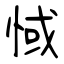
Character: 惐